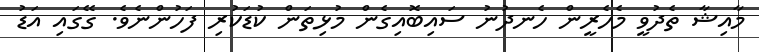
މާއިޝާ ތެދުވީ މެހެރީން ހެނދުނު ސައިބޮއިގެން މުޅިތަން ކުޑަކުރި ފަހުންނެވެ. ގޭގައި އަޑު